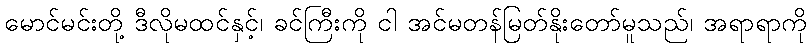
မောင်မင်းတို့ ဒီလိုမထင်နှင့်၊ ခင်ကြီးကို ငါ အင်မတန်မြတ်နိုးတော်မူသည်၊ အရာရာကို